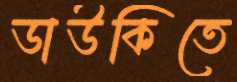
ডাউকিতে